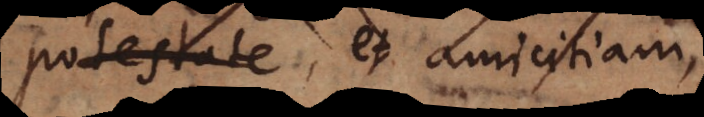
estate, et amicitiam,